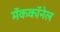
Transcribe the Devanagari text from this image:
मॅककॉनेल